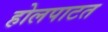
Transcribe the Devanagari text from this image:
होलपाटत